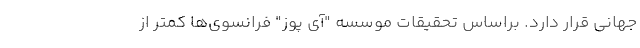
جهانی قرار دارد. براساس تحقیقات موسسه "آی پوز" فرانسوی‌ها کمتر از